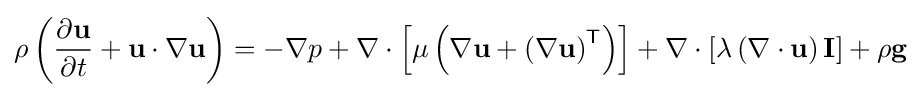
\rho \left({\frac {\partial \mathbf {u} }{\partial t}}+\mathbf {u} \cdot \nabla \mathbf {u} \right)=-\nabla p+\nabla \cdot \left[\mu \left(\nabla \mathbf {u} +\left(\nabla \mathbf {u} \right)^{\mathsf {T}}\right)\right]+\nabla \cdot \left[\lambda \left(\nabla \cdot \mathbf {u} \right)\mathbf {I} \right]+\rho \mathbf {g}